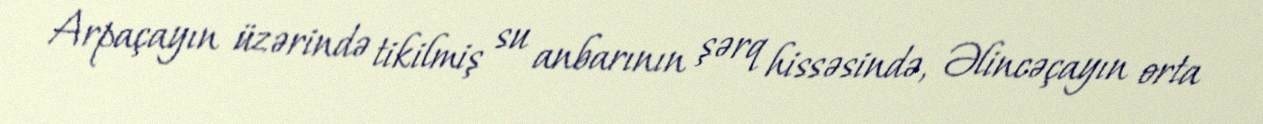
Arpaçayın üzərində tikilmiş su anbarının şərq hissəsində, Əlincəçayın orta